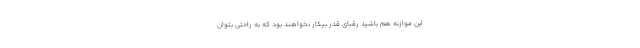
این موازنه هم باشید رقبای قدر بیکار نخواهند بود که به راحتی بتوان